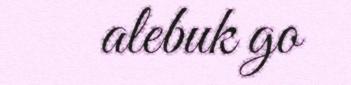
alebuk go